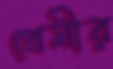
প্রেমীর